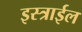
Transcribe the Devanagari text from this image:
इस्त्राईल